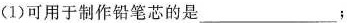
(1)可用于制作铅笔芯的是___；